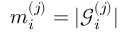
m _ { i } ^ { ( j ) } = \vert \mathcal { G } _ { i } ^ { ( j ) } \vert